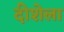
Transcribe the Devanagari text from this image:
दीशेला